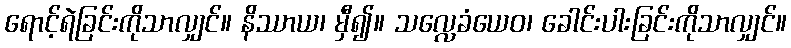
ရောင့်ရဲခြင်းကိုသာလျှင်။ နိဿာယ၊ မှီ၍။ သလ္လေခံယေဝ၊ ခေါင်းပါးခြင်းကိုသာလျှင်။